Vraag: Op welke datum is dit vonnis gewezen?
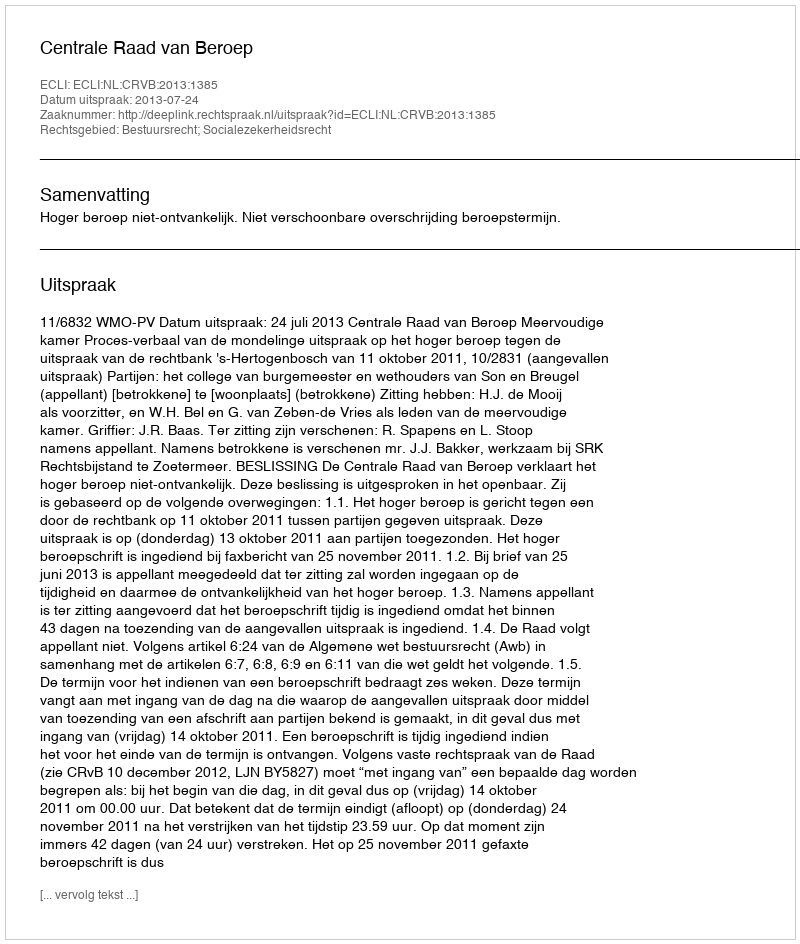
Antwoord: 2013-07-24